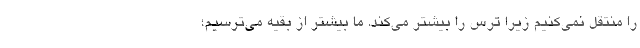
را منتقل نمی‌کنیم زیرا ترس را بیشتر می‌کند. ما بیشتر از بقیه می‌ترسیم؛